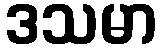
ဒသမာ